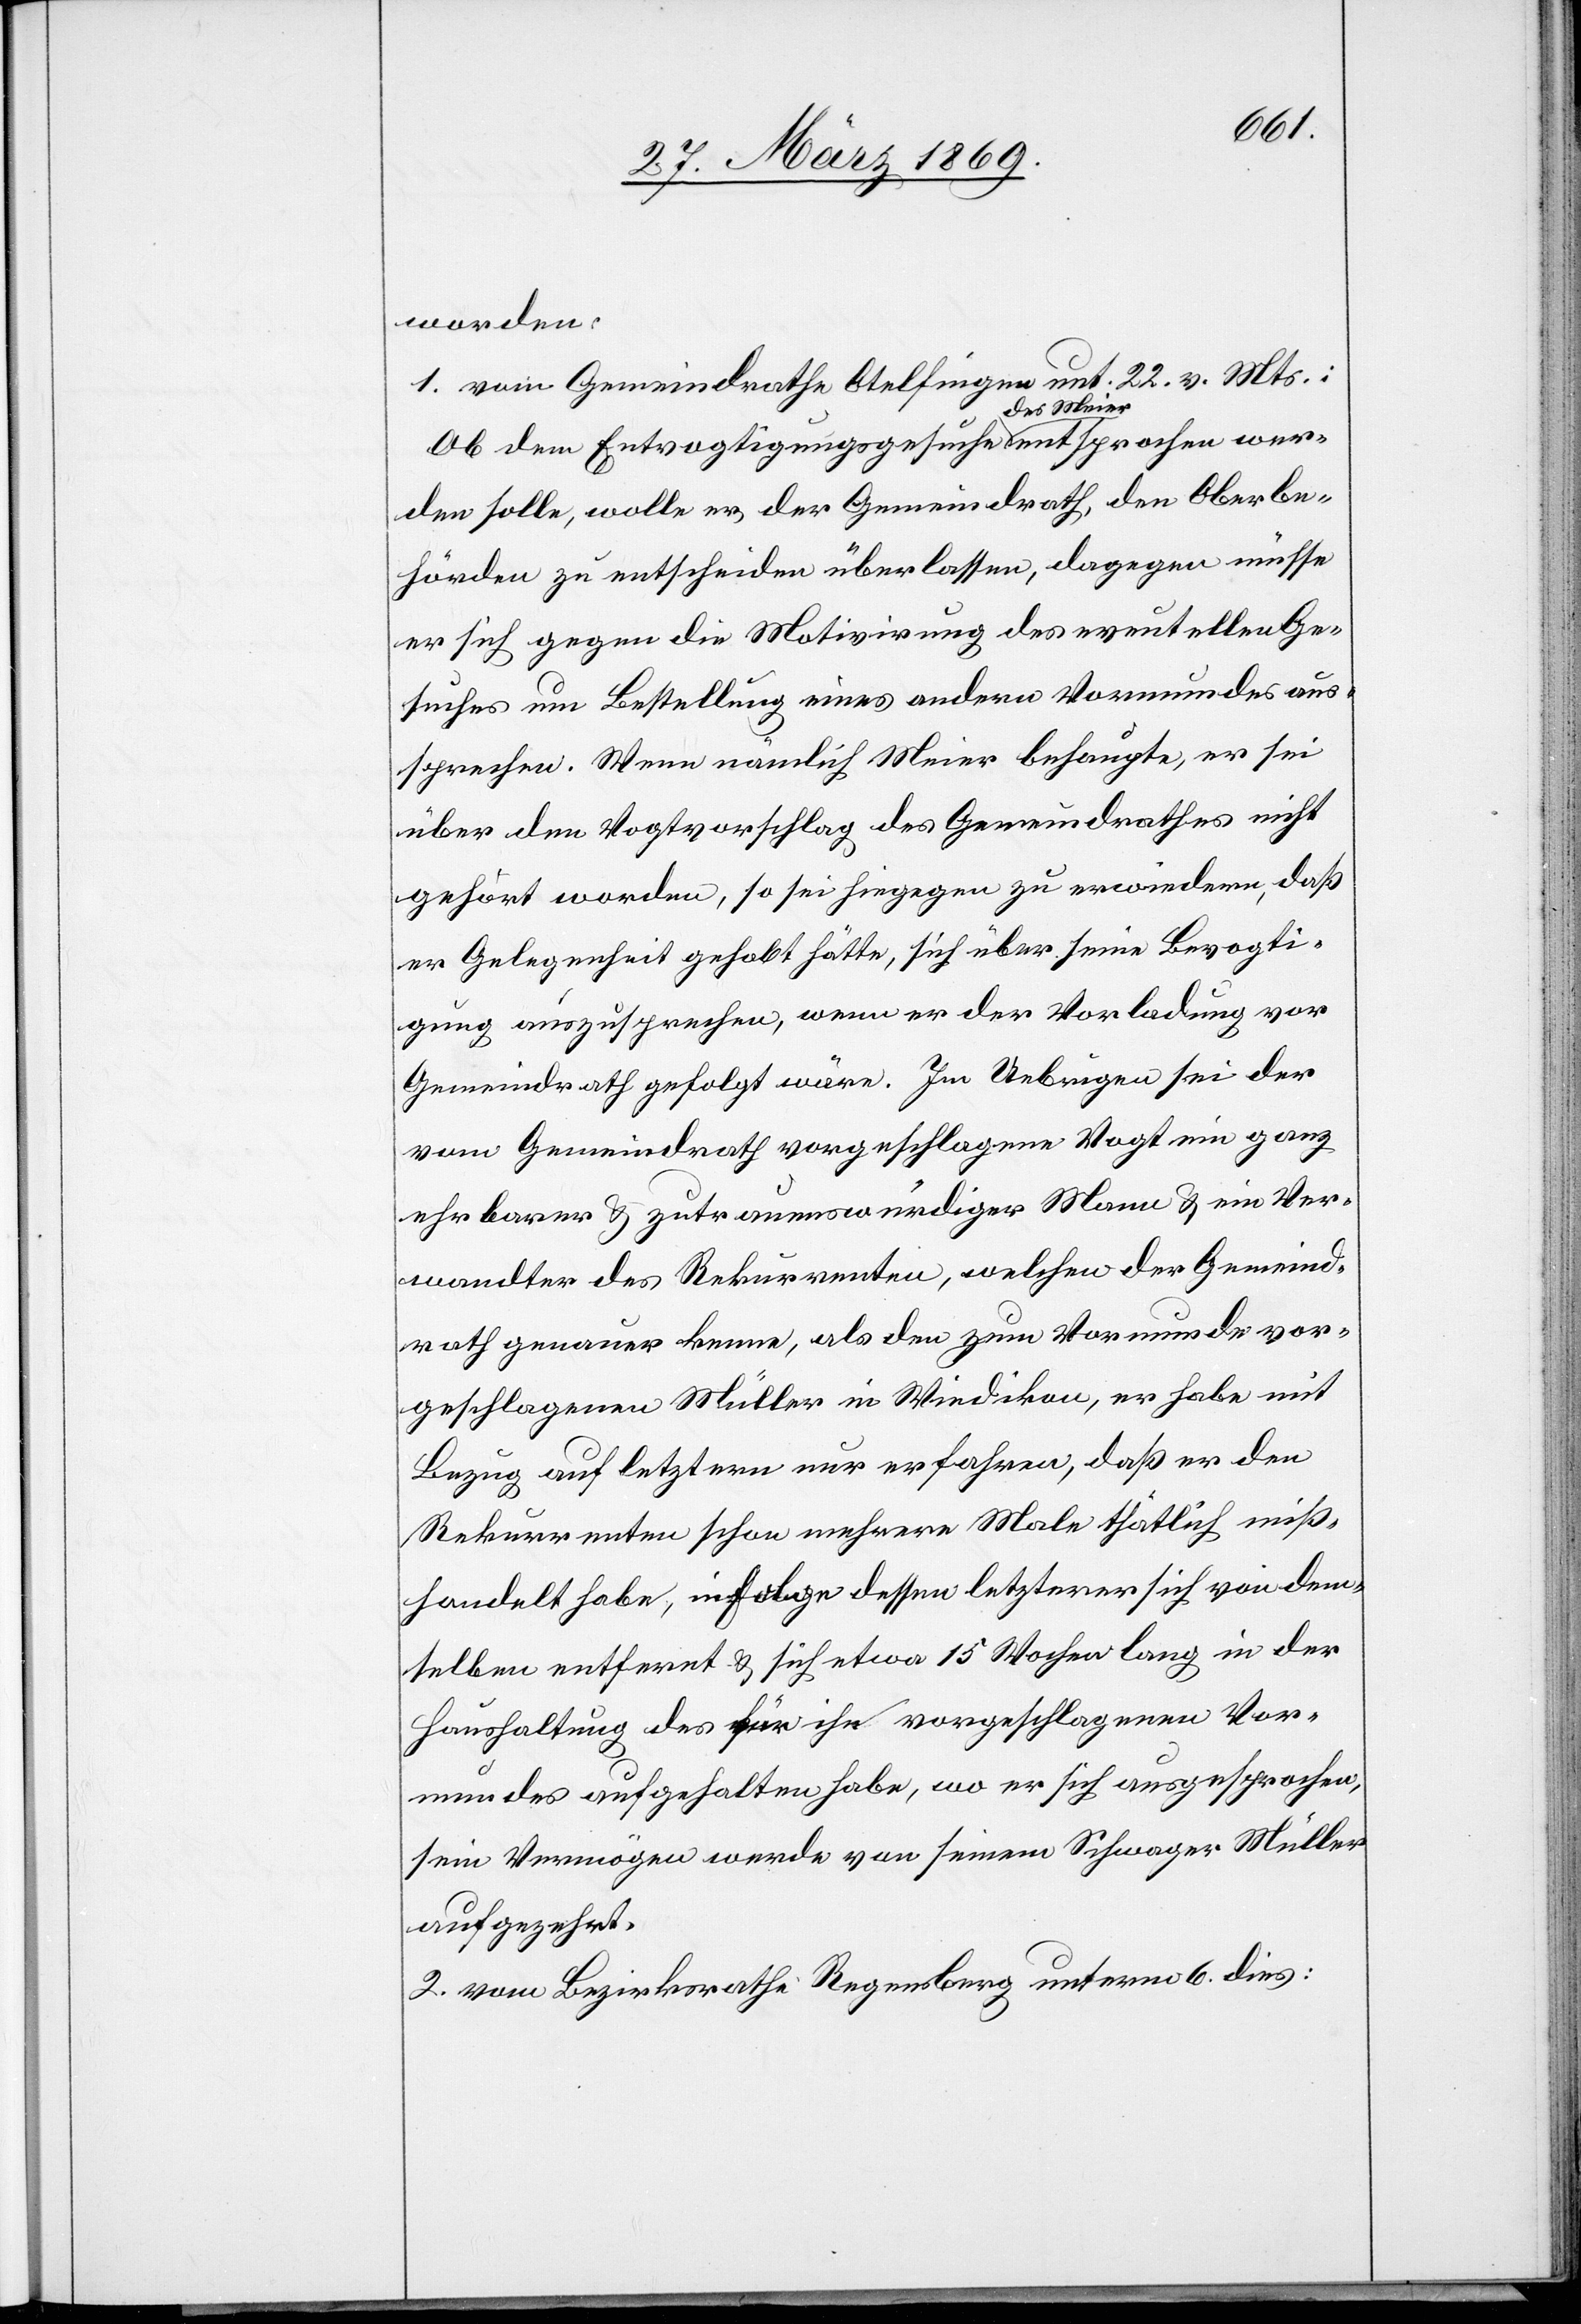
worden:
1. vom Gemeindrathe Otelfingen unt. 22. v. Mts.:
Ob dem Entvogtigungsgesuche des Meier entsprochen wer¬
den solle, wolle er der Gemeindrath, den Oberbe¬
hörden zu entscheiden überlassen, dagegen müsse
er sich gegen die Motivirung des eventuellen Ge¬
suches um Bestellung eines andern Vormundes aus¬
sprechen. Wenn nämlich Meier behaupte, er sei
über den Vogtvorschlag des Gemeindrathes nicht
gehört worden, so sei hingegen zu erwiedern, daß
er Gelegenheit gehabt hätte, sich über seine Bevogti¬
gung auszusprechen, wenn er der Vorladung vor
Gemeindrath gefolgt wäre. Im Uebrigen sei der
vom Gemeindrath vorgeschlagene Vogt ein ganz
ehrbarer u. zutrauenswürdiger Mann u. ein Ver¬
wandter des Rekurrenten, welchen der Gemeind¬
rath genauer kenne, als den zum Vormunde vor¬
geschlagenen Müller in Wiedikon, er habe mit
Bezug auf letztern nur erfahren, daß er den
Rekurrenten schon mehrere Male thätlich miß¬
handelt habe, in Folge dessen letzterer sich von dem¬
selben entfernt u. sich etwa 15 Wochen lang in der
Haushaltung des für ihn vorgeschlagenen Vor¬
mundes aufgehalten habe, wo er sich ausgesprochen,
sein Vermögen werde von seinem Schwager Müller
aufgezehrt.
2. vom Bezirksrathe Regensberg unterm 6. dies: